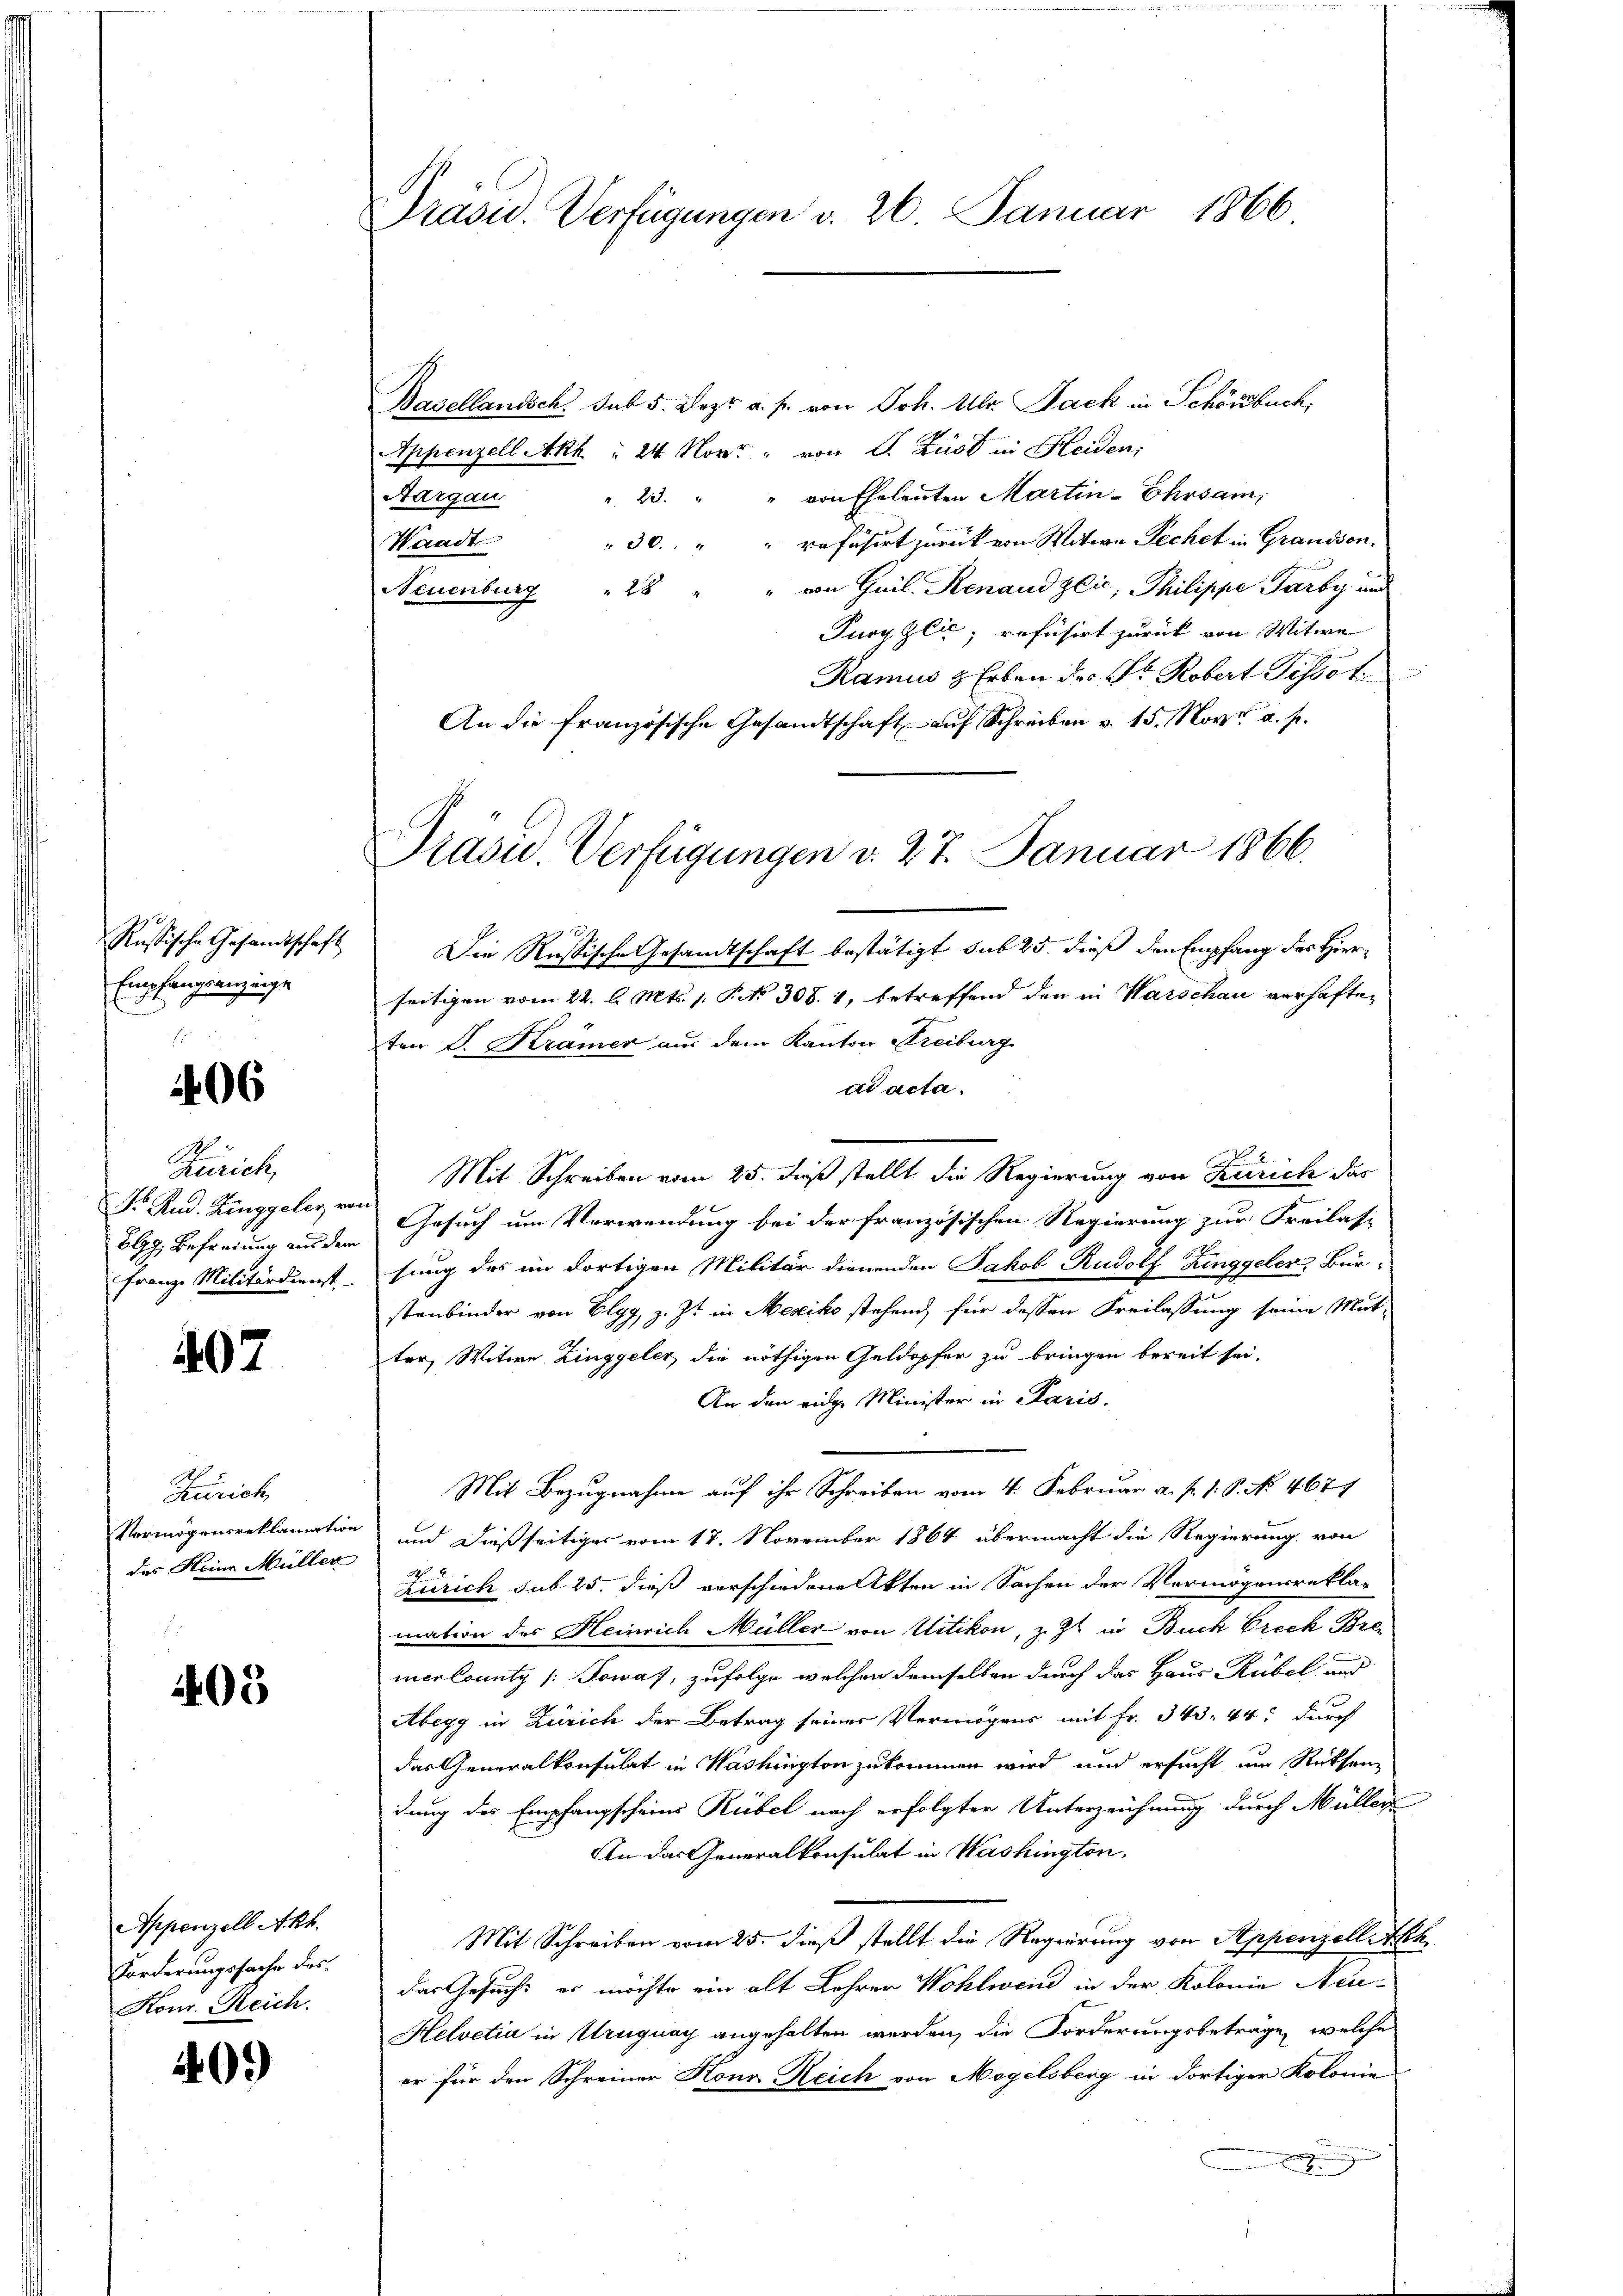
Rußische Gesandtschaft
Empfangrenzinge

406

S
Zürich,
Fr. Rud. Ringgeler, vor
Vlg. Befreiung an der
Franze Militärdienst

407

Zürich
Vermögensreklamation
des Meine Müller

405

Appenzell Akk.
Forderungssache des
Konr. Reich.

409

Präsid. Verfügungen v. 26. Januar 1866

Präsid. Verfügungen d. 27. Januar 1866.

Basellandsch. sub 5. Dezr. a. p. von Joh. Ulr. Pack in Schöndbuch,
Appenzell Akh " 24 Nov. " von P. Lust in Heiden.
" 23. " " von Eheleuten Martin-Ehrsam
Aargau
30 " " refüsirt zurück von Mitwe Pechet in Grandson.
Waadt
Neuenburg " 28 " " von Guil. Renaudzić, Philippe Parby und
Pury Zlie; refusirt zurück von Witwe
Ramus & Erben des Gr. Robert Pissot
An die Französische Gesandtschaft auf Schreiben v. 15. Nov. a. p.
Die Russische Gesandtschaft bestätigt sub 25. dieß den Empfang des Hierseitigen vom 22. l. Mts. 1. P. No 308. 1, betreffend den in Warschau verhafteton F. Krämer aus dem Kanton Freiburg
dd acta.
Mit Schreiben vom 25. daß stellt die Regierung von Zürich das
Gesuch um Verwendung bei der französischen Regierung zur Freilas-
sung des im dortigen Militär dienenden Jakob Rudolf Zinggeler, Bür-
stenbinder von Elgg, z. Zt. in Mesiko stehend für dessen Freilassung seine Mut-
ter, Witwe Zinggeler, die nöthigen Geldopfer zu bringen bereit sei.
An den eidge Minister in Paris.
Mit Bezugnahme auf ihr Schreiben vom 4. Februar a. p. 1. P. No. 467.
und dießseitiger vom 17. November 1864 übermacht die Regierung von
1
Zürich sub 25. dieß verschiedene Akten in Sachen der Vermögensrekla-
mation des Heinrich Müller von Uitikon, z. Zt. in Buck Freck Breiercountz /: Sowas, zufolge welchen demselben durch der Haus Rübel und
Abegg in Zürich der Betrag seiner Vermögens mit Fr. 343. 44: durch
das Generalkonsulat in Washington zukommen wird, und ersucht um Rücksen
dung des Empfangscheins Rübel nach erfolgter Unterzeichnung durch Müller
An das Generalkonsulat in Washington,
Mit Schreiben vom 25. dieß stellt die Regierung von Appenzellitzh
Das Gesuchs er möchte ein alt Lehrer Wohlwein in der Kolonie Neu-
Helvetia in Uruguay angehalten werden, die Forderungsbetrage, welche
er für den Schreiner Hona Reich von Megelsberg in dortiger Kolonie